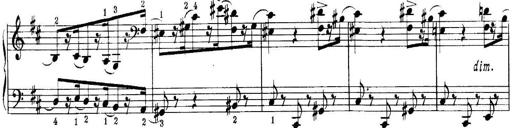
Title: Quatres sonatines
Composer: Tadeusz Joteyko